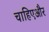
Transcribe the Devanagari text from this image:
चाहिएऔर